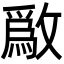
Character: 𫿒